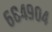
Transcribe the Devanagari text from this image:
६८४९०४